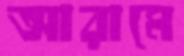
আরামে